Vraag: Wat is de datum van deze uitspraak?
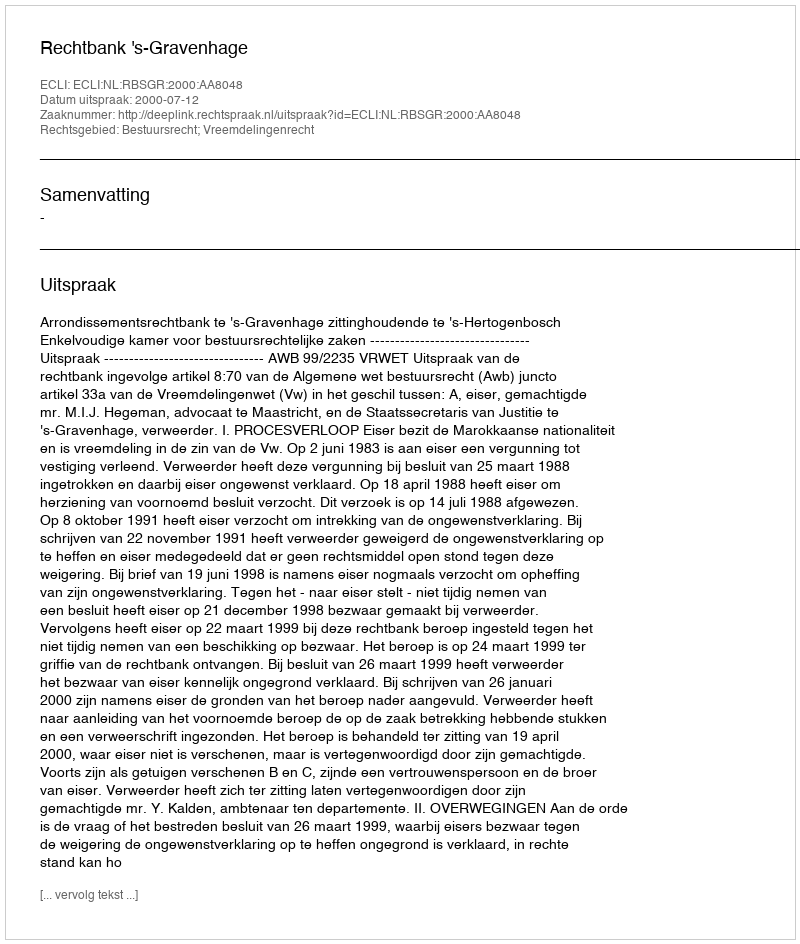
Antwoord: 2000-07-12